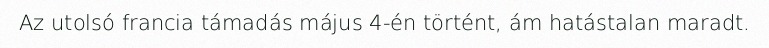
Az utolsó francia támadás május 4-én történt, ám hatástalan maradt.